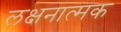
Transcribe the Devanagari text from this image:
लक्षनात्मक